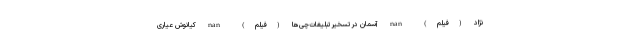
نژاد (فیلم) nan آسمان در تسخیر تبلیغات‌چی‌ها (فیلم) nan کیانوش عیاری